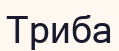
Триба